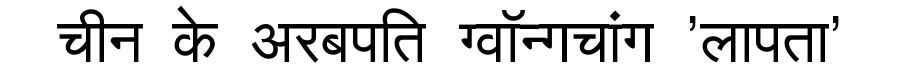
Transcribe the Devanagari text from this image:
चीन के अरबपति ग्वॉन्गचांग 'लापता'